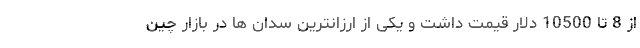
از 8 تا 10500 دلار قیمت داشت و یکی از ارزانترین سدان ها در بازار چین